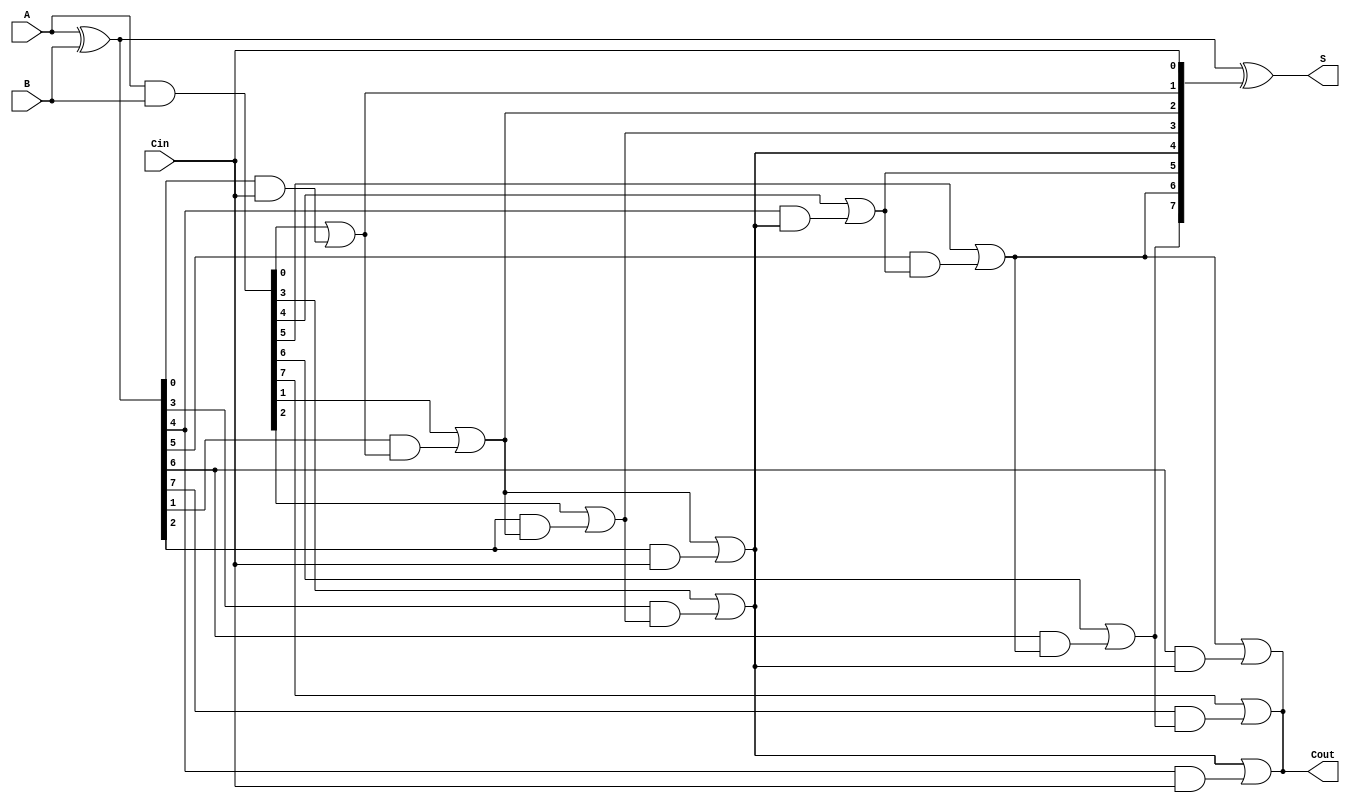
module KoggeStoneAdder #(parameter N = 8) (
    input  [N-1:0] A,      // First n-bit input
    input  [N-1:0] B,      // Second n-bit input
    input         Cin,      // Carry-in
    output [N-1:0] S,      // n-bit sum output
    output        Cout      // Carry-out
);

    // Generate and Propagate signals
    wire [N-1:0] G; // Generate
    wire [N-1:0] P; // Propagate
    wire [N:0] C;    // Carry signals (C[0] is Cin)

    // Generate and Propagate calculations
    assign G = A & B;            // G[i] = A[i] AND B[i]
    assign P = A ^ B;            // P[i] = A[i] XOR B[i]
    assign C[0] = Cin;           // Carry-in

    // Carry Generation using Kogge-Stone structure
    genvar i, j, k;
    generate
        // Level 1
        for (i = 0; i < N; i = i + 1) begin : level1
            if (i == 0) begin
                assign C[i + 1] = G[i] | (P[i] & C[0]);
            end else begin
                assign C[i + 1] = G[i] | (P[i] & C[i]);
            end
        end

        // Levels 2 to log2(N)
        for (k = 1; (1 << k) <= N; k = k + 1) begin : levels
            for (j = 0; j < N; j = j + (1 << (k + 1))) begin : carry_gen
                if (j + (1 << k) < N) begin
                    assign C[j + (1 << (k + 1))] = C[j + (1 << k)] | (P[j + (1 << k)] & C[j]);
                end
            end
        end
    endgenerate

    // Sum Calculation
    assign S = P ^ C[N-1:0]; // S[i] = P[i] XOR C[i]
    assign Cout = C[N];      // Carry-out

endmodule